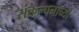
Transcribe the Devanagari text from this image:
संकल्पनाच्या